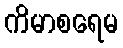
ကိမာစရေမ